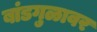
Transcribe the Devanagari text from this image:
बांडगुळावर